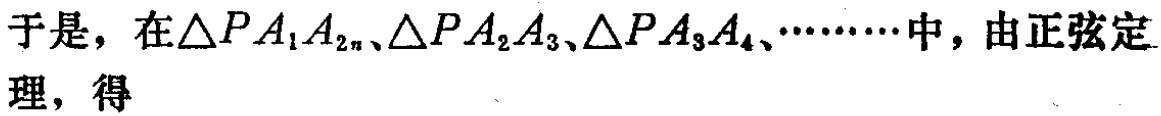
于是，在\(\triangle PA_{1}A_{2}\)、\(\triangle PA_{2}A_{3}\)、\(\triangle PA_{3}A_{4}\)、\(\cdots\cdots\)中，由正弦定理，得